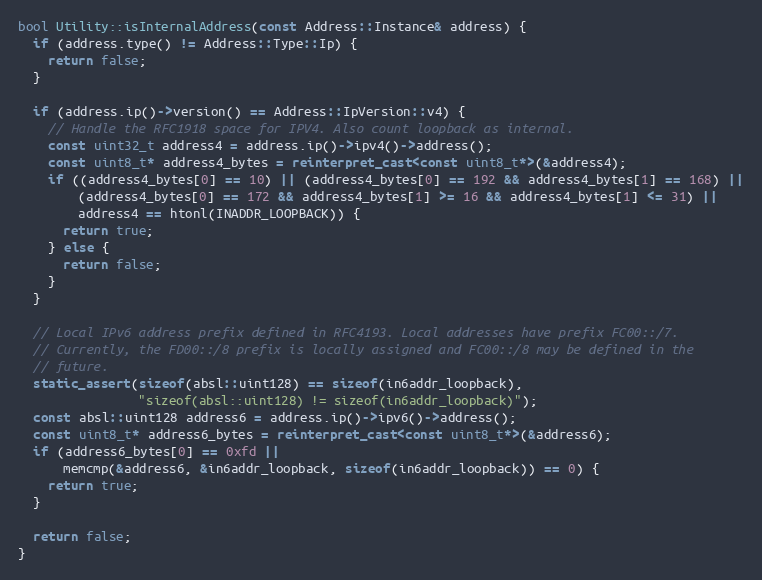
Language: C++
bool Utility::isInternalAddress(const Address::Instance& address) {
  if (address.type() != Address::Type::Ip) {
    return false;
  }

  if (address.ip()->version() == Address::IpVersion::v4) {
    // Handle the RFC1918 space for IPV4. Also count loopback as internal.
    const uint32_t address4 = address.ip()->ipv4()->address();
    const uint8_t* address4_bytes = reinterpret_cast<const uint8_t*>(&address4);
    if ((address4_bytes[0] == 10) || (address4_bytes[0] == 192 && address4_bytes[1] == 168) ||
        (address4_bytes[0] == 172 && address4_bytes[1] >= 16 && address4_bytes[1] <= 31) ||
        address4 == htonl(INADDR_LOOPBACK)) {
      return true;
    } else {
      return false;
    }
  }

  // Local IPv6 address prefix defined in RFC4193. Local addresses have prefix FC00::/7.
  // Currently, the FD00::/8 prefix is locally assigned and FC00::/8 may be defined in the
  // future.
  static_assert(sizeof(absl::uint128) == sizeof(in6addr_loopback),
                "sizeof(absl::uint128) != sizeof(in6addr_loopback)");
  const absl::uint128 address6 = address.ip()->ipv6()->address();
  const uint8_t* address6_bytes = reinterpret_cast<const uint8_t*>(&address6);
  if (address6_bytes[0] == 0xfd ||
      memcmp(&address6, &in6addr_loopback, sizeof(in6addr_loopback)) == 0) {
    return true;
  }

  return false;
}